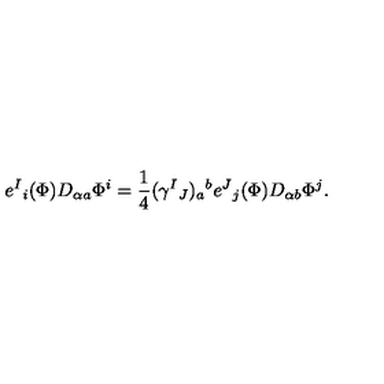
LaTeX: e ^ { I } { } _ { i } ( \Phi ) D _ { \alpha a } \Phi ^ { i } = { \frac { 1 } { 4 } } ( \gamma ^ { I } { } _ { J } ) _ { a } { } ^ { b } e ^ { J } { } _ { j } ( \Phi ) D _ { \alpha b } \Phi ^ { j } .